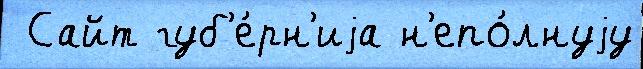
 Сайт губ'е́рн'иjа н'епо́лнуjу